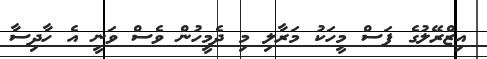
އިޒްރޭލުގެ ފަސް މީހަކު މަރާލި މި ދެމީހުން ވެސް ވަނީ އެ ހާދިސާ